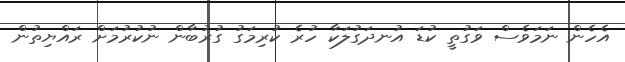
އެހެން ނަމަވެސް ވަގުތީ ކުޑަ އުނދަގުލަކާ ހުރެ ކުރިމަގު ގުރުބާން ނުކުރުމަށް ރައްޔިތުން